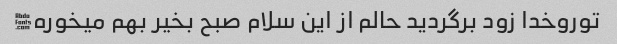
توروخدا زود برگردید حالم از این سلام صبح بخیر بهم میخوره�